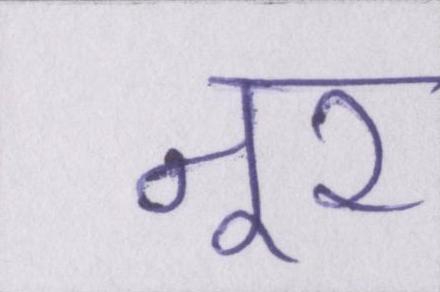
नूर